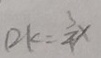
D K = \frac { 3 } { 4 } x